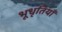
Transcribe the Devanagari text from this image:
भूधृतियाँ